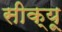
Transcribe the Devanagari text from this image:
सीक्यू